Madras plague regulations in force outside the Presidency town - Volume 2
Disease focus: Plague
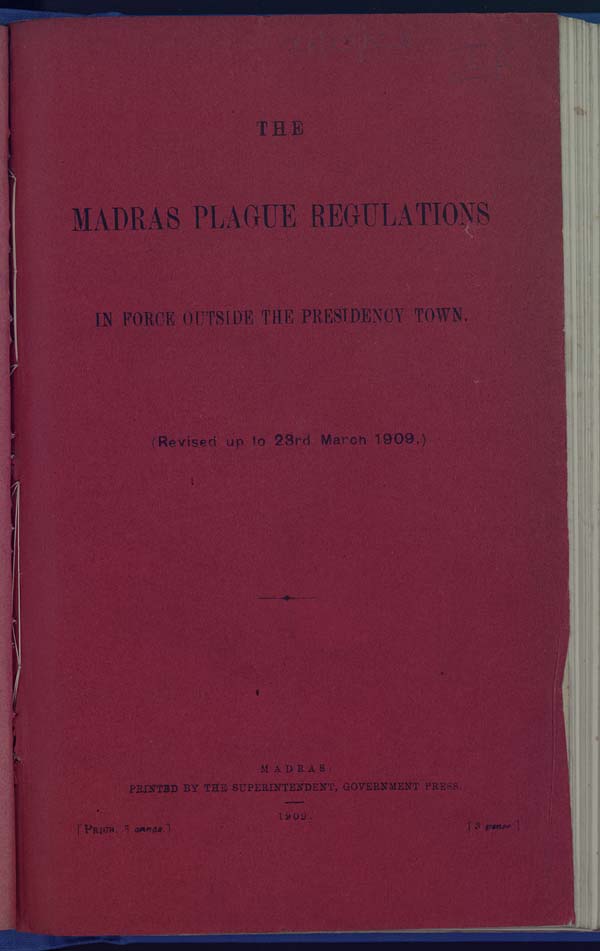
THE
MADRAS PLAGUE REGULATIONS
IN FORCE OUTSIDE THE PRESIDENCY TOWN.
(Revised up to 23rd March 1909.)
MADRAS:
PRINTED BY THE SUPERINTENDENT, GOVERNMENT PRESS.
1909.
[PRICE,
3
annas.]
[3
pence.]